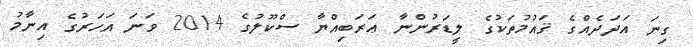
ގިނަ އަދަދެއްގެ ޤައުމުތަކުގެ ލީޑަރުންނާ ޢަރަބިއްޔާ ސްކޫލުގެ 2014 ވަނަ އަހަރުގެ އިނާމު